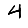
Digit: 4